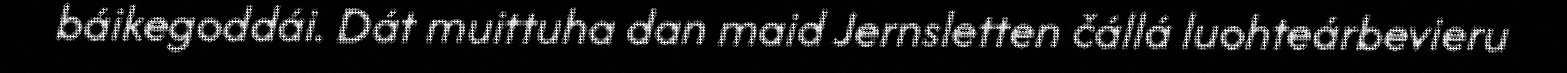
báikegoddái. Dát muittuha dan maid Jernsletten čállá luohteárbevieru